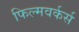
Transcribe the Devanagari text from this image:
फिल्मवर्कर्स